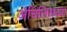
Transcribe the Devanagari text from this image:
ॲचिलिसच्या